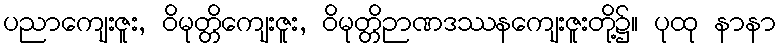
ပညာကျေးဇူး, ဝိမုတ္တိကျေးဇူး, ဝိမုတ္တိဉာဏဒဿနကျေးဇူးတို့၌။ ပုထု နာနာ